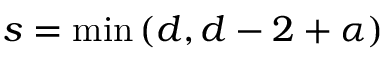
s = \operatorname* { m i n } \left( d , d - 2 + \alpha \right)